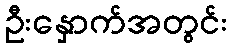
ဦးနှောက်အတွင်း